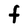
Character: F